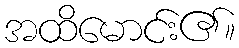
အထိမောင်း၏။